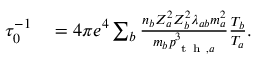
\begin{array} { r l } { \tau _ { 0 } ^ { - 1 } } & { { } = 4 \pi e ^ { 4 } \sum _ { b } \frac { n _ { b } Z _ { a } ^ { 2 } Z _ { b } ^ { 2 } \lambda _ { a b } m _ { a } ^ { 2 } } { m _ { b } p _ { \mathrm { ~ t ~ h ~ } , a } ^ { 3 } } \frac { T _ { b } } { T _ { a } } . } \end{array}